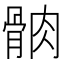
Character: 䯐